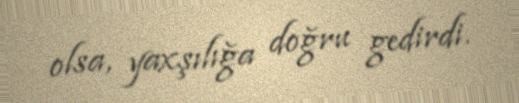
olsa, yaxşılığa doğru gedirdi.